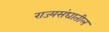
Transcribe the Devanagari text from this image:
राज्यसंघातील